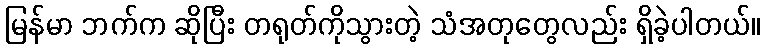
မြန်မာ ဘက်က ဆိုပြီး တရုတ်ကိုသွားတဲ့ သံအတုတွေလည်း ရှိခဲ့ပါတယ်။